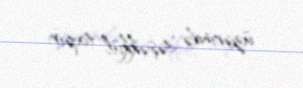
üzərində təşəkkül tapır.